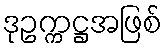
ဒုဥက္ကဋ္ဌအဖြစ်